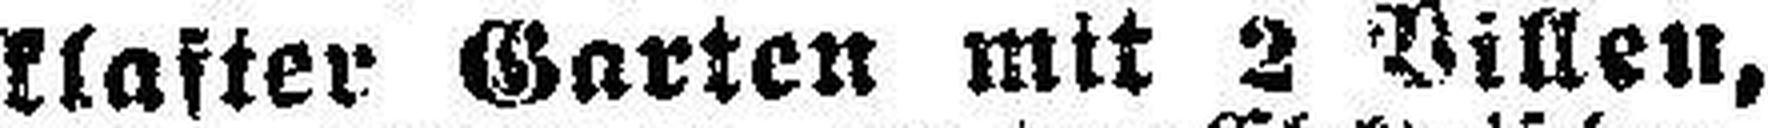
klafter Garten mit 2 Villen,